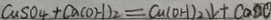
C u S O _ { 4 } + C a ( O H ) _ { 2 } = C u ( O H ) _ { 2 } \downarrow + C a S O